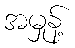
အမှုန့်